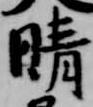
晴